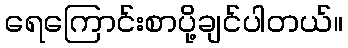
ရေကြောင်းစာပို့ချင်ပါတယ်။